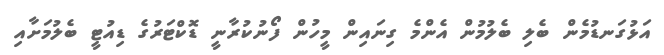
އަޅުގަނޑުމެން ބެލި ބެލުމުން އެންމެ ގިނައިން މީހުން ފޯނުކުރާނީ ޑޮކްޓަރުގެ ޑިއުޓީ ބެލުމަށާއި